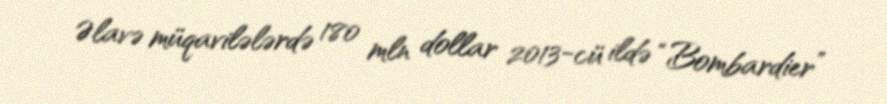
Əlavə müqavilələrdə 180 mln dollar 2013-cü ildə “Bombardier”